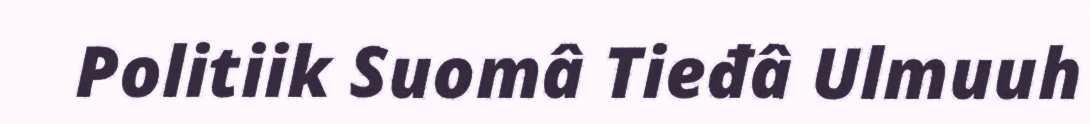
Politiik Suomâ Tieđâ Ulmuuh